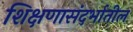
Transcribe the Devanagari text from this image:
शिक्षणासंदर्भातील